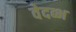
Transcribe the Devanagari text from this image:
वेदब्भ